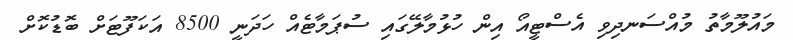
މައުލޫމާތު މުއްސަނދިވި އެސްޓީއޯ އިން ހުޅުމާލޭގައި ސުޕަމާޓެއް ހަދަނީ 8500 އަކަފޫޓަށް ބޮޑުކޮށް